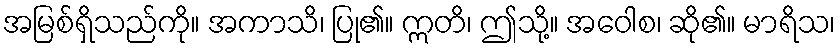
အမြစ်ရှိသည်ကို။ အကာသိ၊ ပြု၏။ ဣတိ၊ ဤသို့။ အဝေါစ၊ ဆို၏။ မာရိသ၊